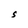
Character: S